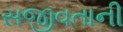
સજીવતાની